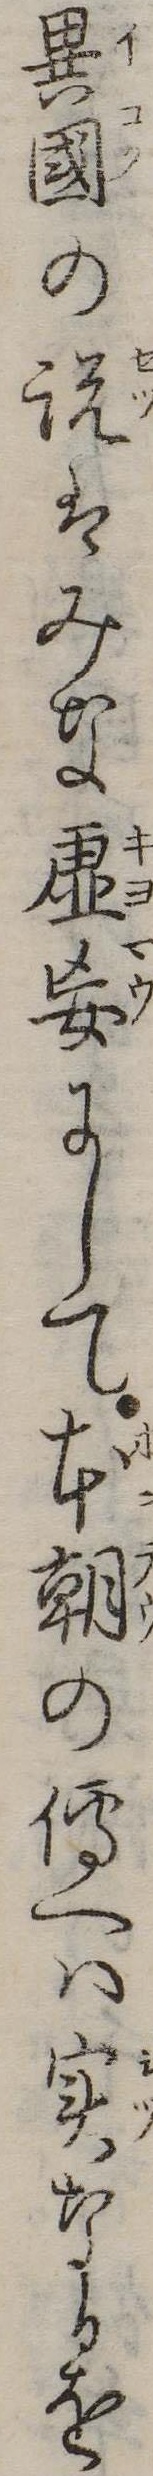
異国の説はみな虚妄にして本朝の伝へは実なるを